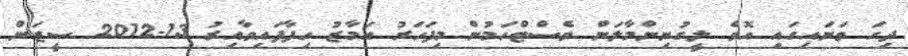
ދިހަ ވަނައިގައި އޮވެ ލީގުނިންމާލަން ވެސްޓްހަމުން މިފަހަރު އަމާޒު ހިފާފައިވާއިރު 13-2012 ސީޒަން